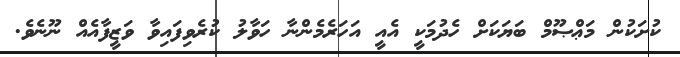
ކުށަކުން މަޢްޞޫމް ބަޔަކަށް ހެދުމަކީ އެއީ އަހަރެމެންނާ ހަވާލު ކުރެވިފައިވާ ވަޒީފާއެއް ނޫނެވެ.